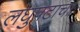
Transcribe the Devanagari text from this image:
लघुपटाचा